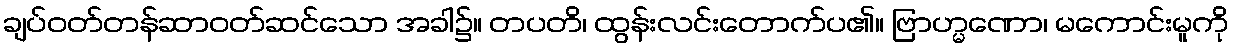
ချပ်ဝတ်တန်ဆာဝတ်ဆင်သော အခါ၌။ တပတိ၊ ထွန်းလင်းတောက်ပ၏။ ဗြာဟ္မဏော၊ မကောင်းမူကို